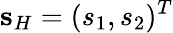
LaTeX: {\mathbf s}_{H}=(s_{1},s_{2})^{T}